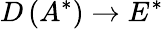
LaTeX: D\left(A^{*}\right)\to E^{*}